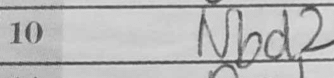
Transcription: Nbd2